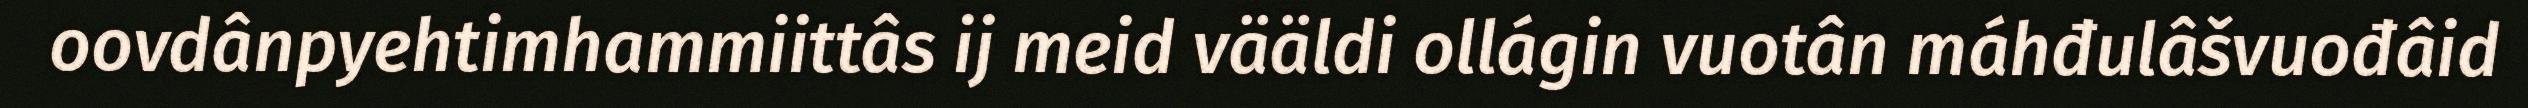
oovdânpyehtimhammiittâs ij meid vääldi ollágin vuotân máhđulâšvuođâid